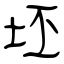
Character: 坯